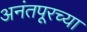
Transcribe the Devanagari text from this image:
अनंतपूरच्या